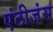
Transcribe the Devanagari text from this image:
एंटीजंस